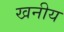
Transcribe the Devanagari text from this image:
खनीय